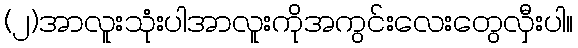
(၂)အာလူးသုံးပါအာလူးကိုအကွင်းလေးတွေလှီးပါ။